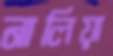
নালিয়া